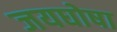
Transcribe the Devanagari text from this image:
जयघोषा